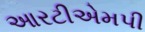
આરટીએમપી